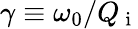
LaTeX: \gamma\equiv\omega_{0}/Q_{\mathrm{~i~}}